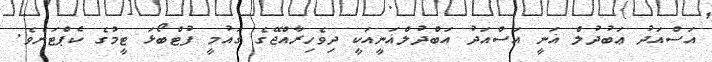
އަސްއަދު ޢަބުދުލް ޣަނީ އަސްއަދު އަބްދުލްޣަނީއަކީ ދިވެހިރާއްޖޭގެ ގައުމީ ފުޓްބޯޅަ ޓީމުގެ ކެޕްޓަނެވެ.